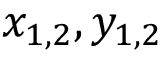
x _ { 1 , 2 } , y _ { 1 , 2 }